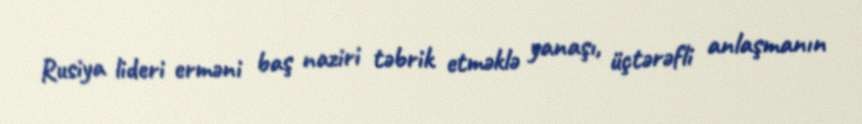
Rusiya lideri erməni baş naziri təbrik etməklə yanaşı, üçtərəfli anlaşmanın